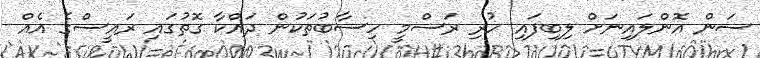
ސަން އޮންލައިނަށް ލިބިފައި ހުރި ރަސްމީ ހިސާބުތަކުން ދައްކާ ގޮތުގައި ރައީސްގެ އެއް